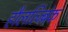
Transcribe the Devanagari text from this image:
हौलत्ज्ब्रिंक